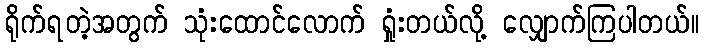
ရိုက်ရတဲ့အတွက် သုံးထောင်လောက် ရှုံးတယ်လို့ လျှောက်ကြပါတယ်။